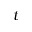
t